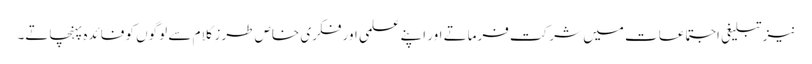
نیز تبلیغی اجتماعات میں شرکت فرماتے اور اپنے علمی اور فکری خاص طرزِ کلام سے لوگوں کو فائدہ پہنچاتے۔